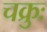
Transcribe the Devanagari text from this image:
चक्रुः